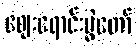
ဈေးရောင်းပွဲတော်